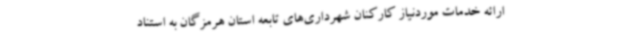
ارائه خدمات موردنیاز کارکنان شهرداری‌های تابعه استان هرمزگان به استناد